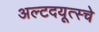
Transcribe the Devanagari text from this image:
अल्टदयूत्स्चे